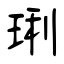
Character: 琍